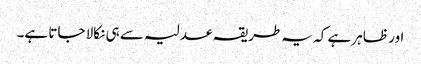
اور ظاہر ہے کہ یہ طریقہ عدلیہ سے ہی نکالا جاتا ہے۔